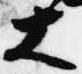
大